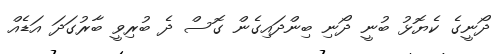
ދޯނީގެ ކެޔޮޅު ބުނީ ދޯނި ބިންދައިގެން ގޮސް ދެ ބުރިވީ ބާރުގަދަ އަޑެއް